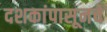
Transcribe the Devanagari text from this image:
दशकांपासूनचे